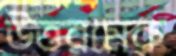
উত্তরমেরু